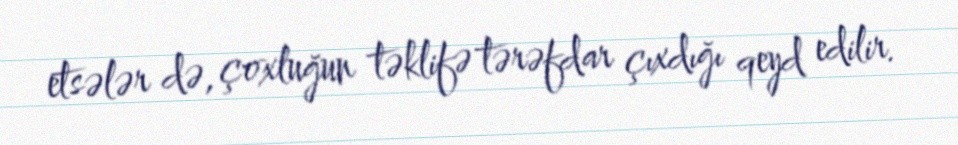
etsələr də, çoxluğun təklifə tərəfdar çıxdığı qeyd edilir.